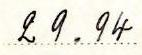
29.94